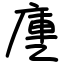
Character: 㐣